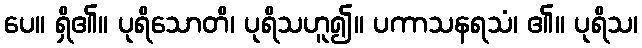
ပေ။ ရှိ၏။ ပုရိသောတိ၊ ပုရိသဟူ၍။ ပကာသနရသံ၊ ၏။ ပုရိသ၊